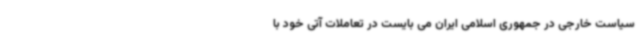
سیاست خارجی در جمهوری اسلامی ایران می بایست در تعاملات آتی خود با